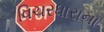
વિચરધારાના